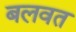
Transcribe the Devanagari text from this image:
बलवत